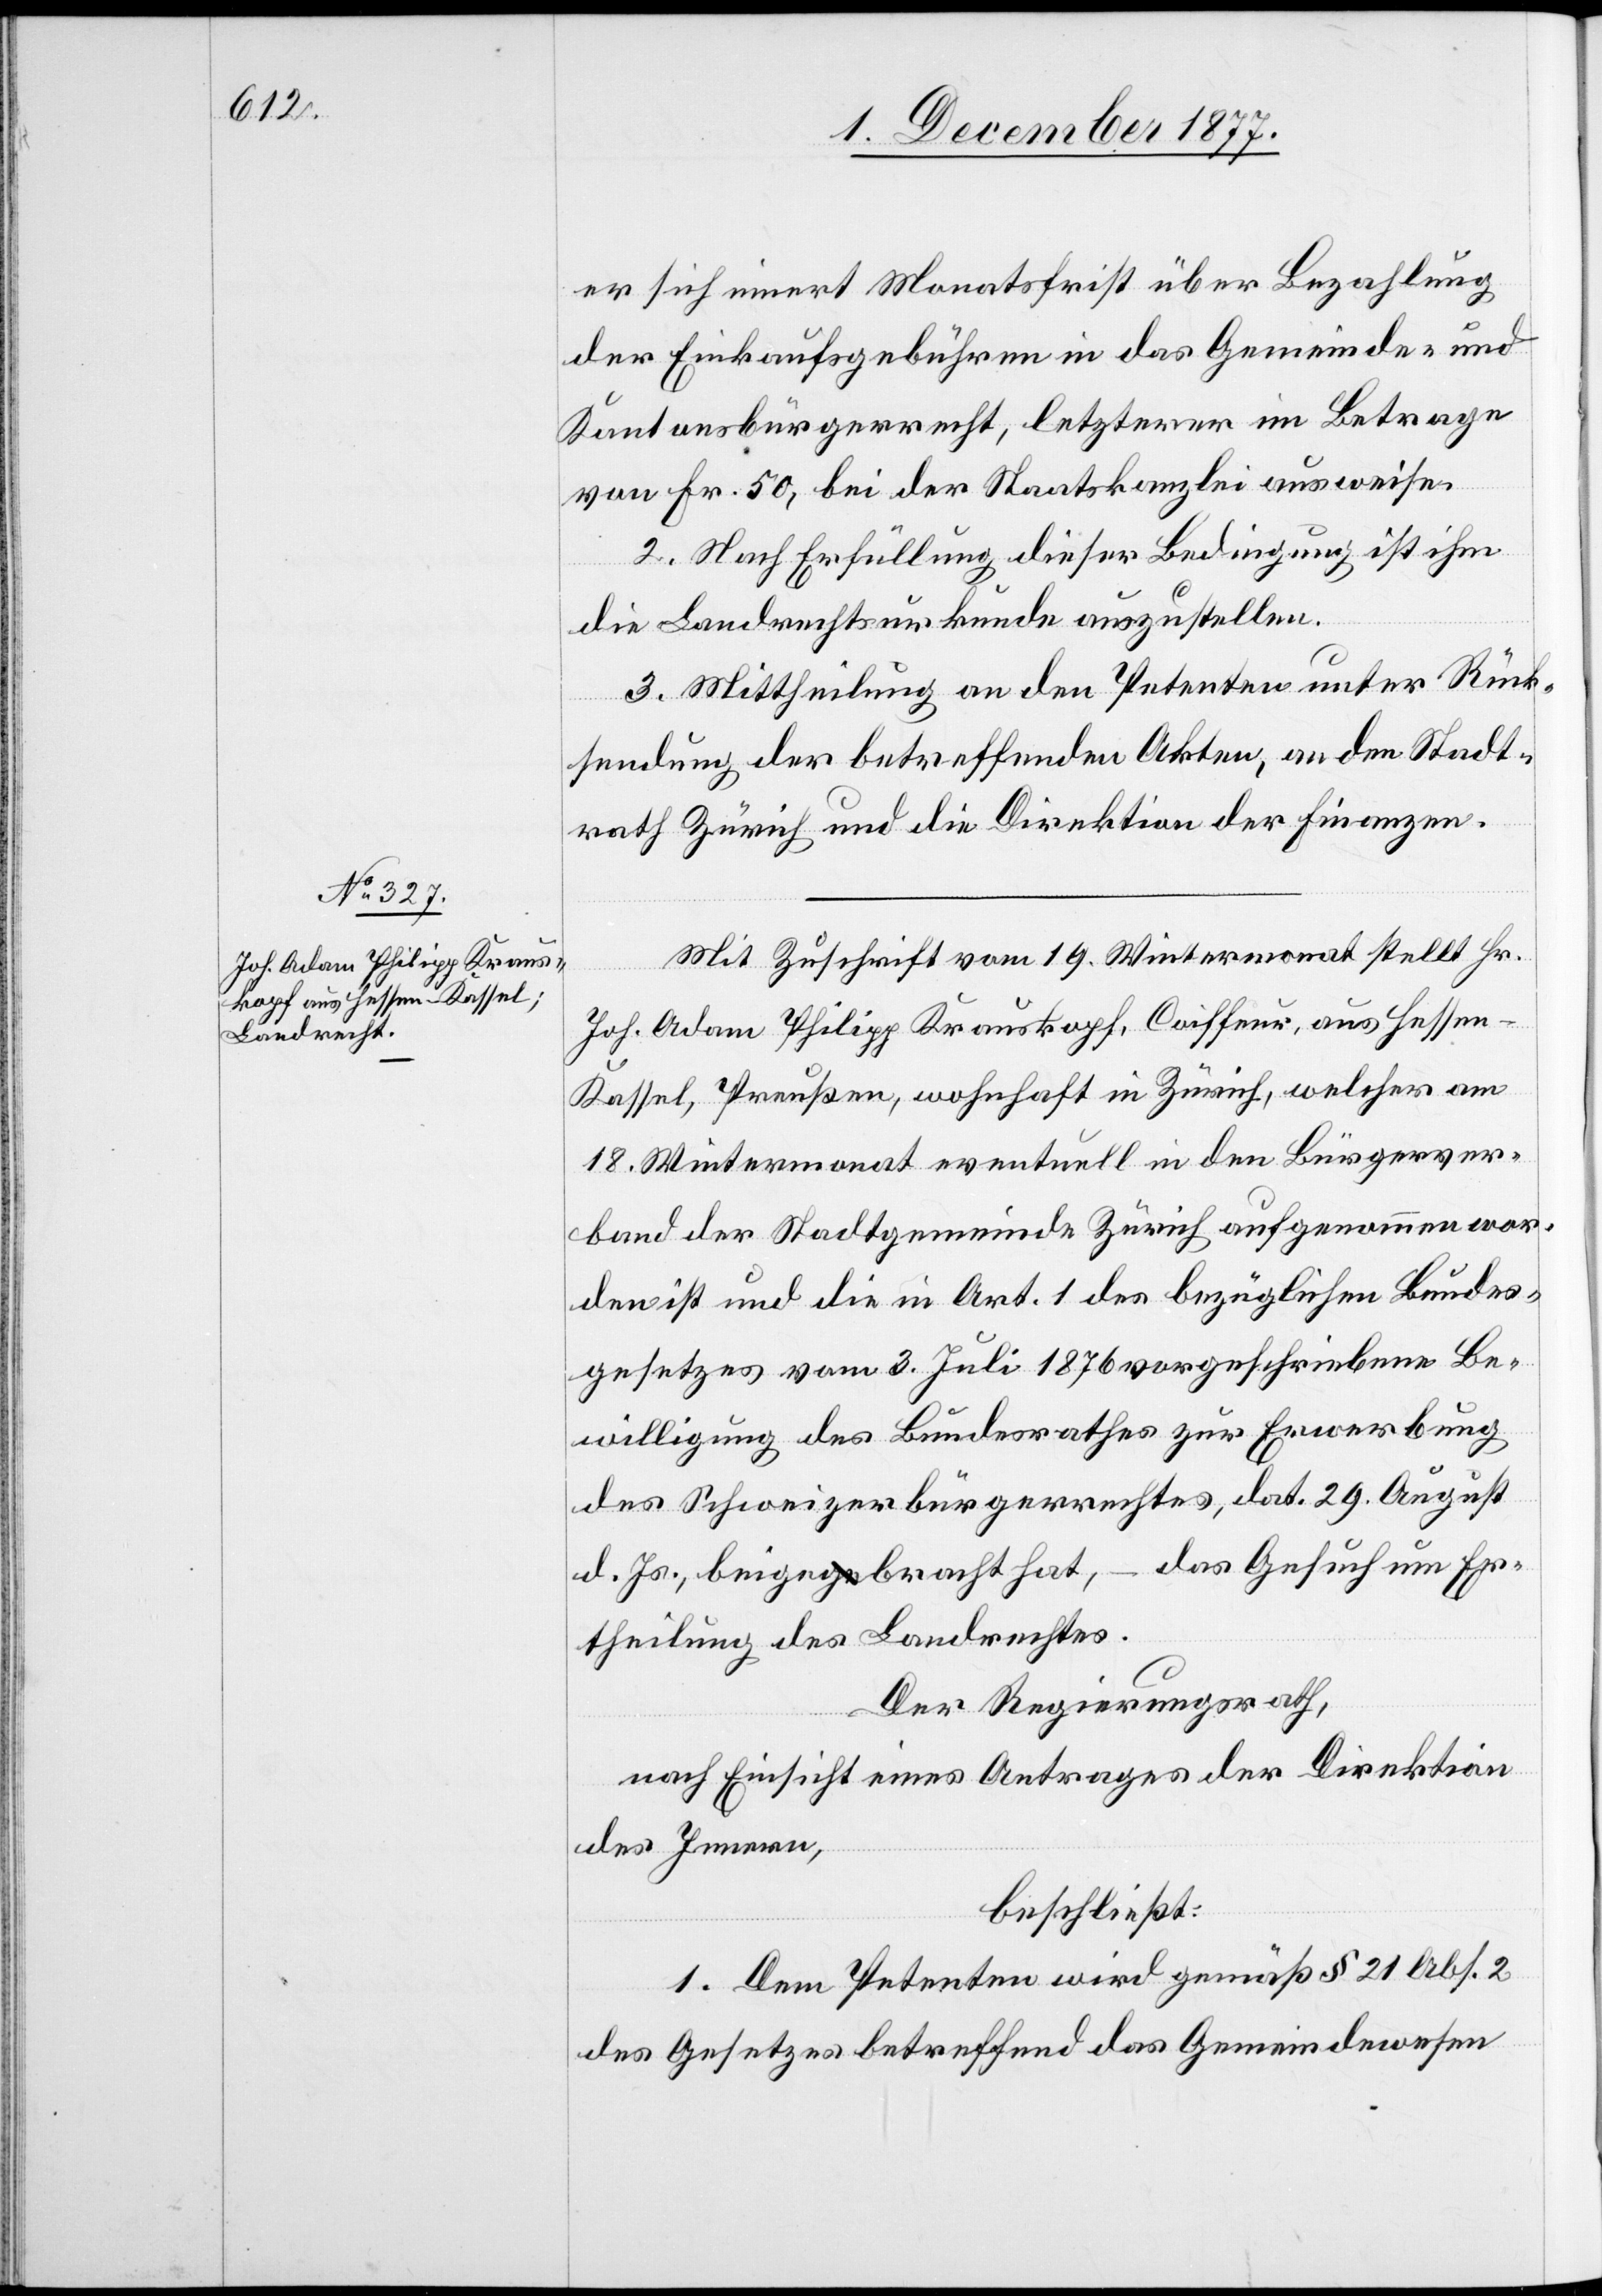
er sich innert Monatsfrist über Bezahlung
der Einkaufsgebühren in das Gemeinde- und
Kantonsbürgerrecht, letzterer im Betrage
Er¬
von Fr. 50, bei der Staatskanzlei ausweise.
2. Nach Erfüllung dieser Bedingung ist ihm
die Landrechtsurkunde auszustellen.
3. Mittheilung an den Petenten unter Rück¬
sendung der betreffenden Akten, an den Stadt¬
rath Zürich und die Direktion der Finanzen.
Mit Zuschrift vom 19. Wintermonat stellt Hr.
Joh. Adam Philipp Krauskopf, Coiffeur, aus Hesse¬
n-Kassel, Preußen, wohnhaft in Zürich, welcher am
18. Wintermonat eventuell in den Bürgerver¬
band der Stadtgemeinde Zürich aufgenommen wor¬
den ist und die in Art. 1 des bezüglichen Bundes¬
gesetzes vom 3. Juli 1876 vorgeschriebene Be¬
willigung des Bundesrathes zur Erwerbung
des Schweizerbürgerrechtes, dat. 29. August
theilung des Landrechtes.
Der Regierungsrath,
nach Einsicht eines Antrages der Direktion
des Innern,
beschließt:
1. Dem Petenten wird gemäß § 21 Abs. 2
des Gesetzes betreffend das Gemeindewesen